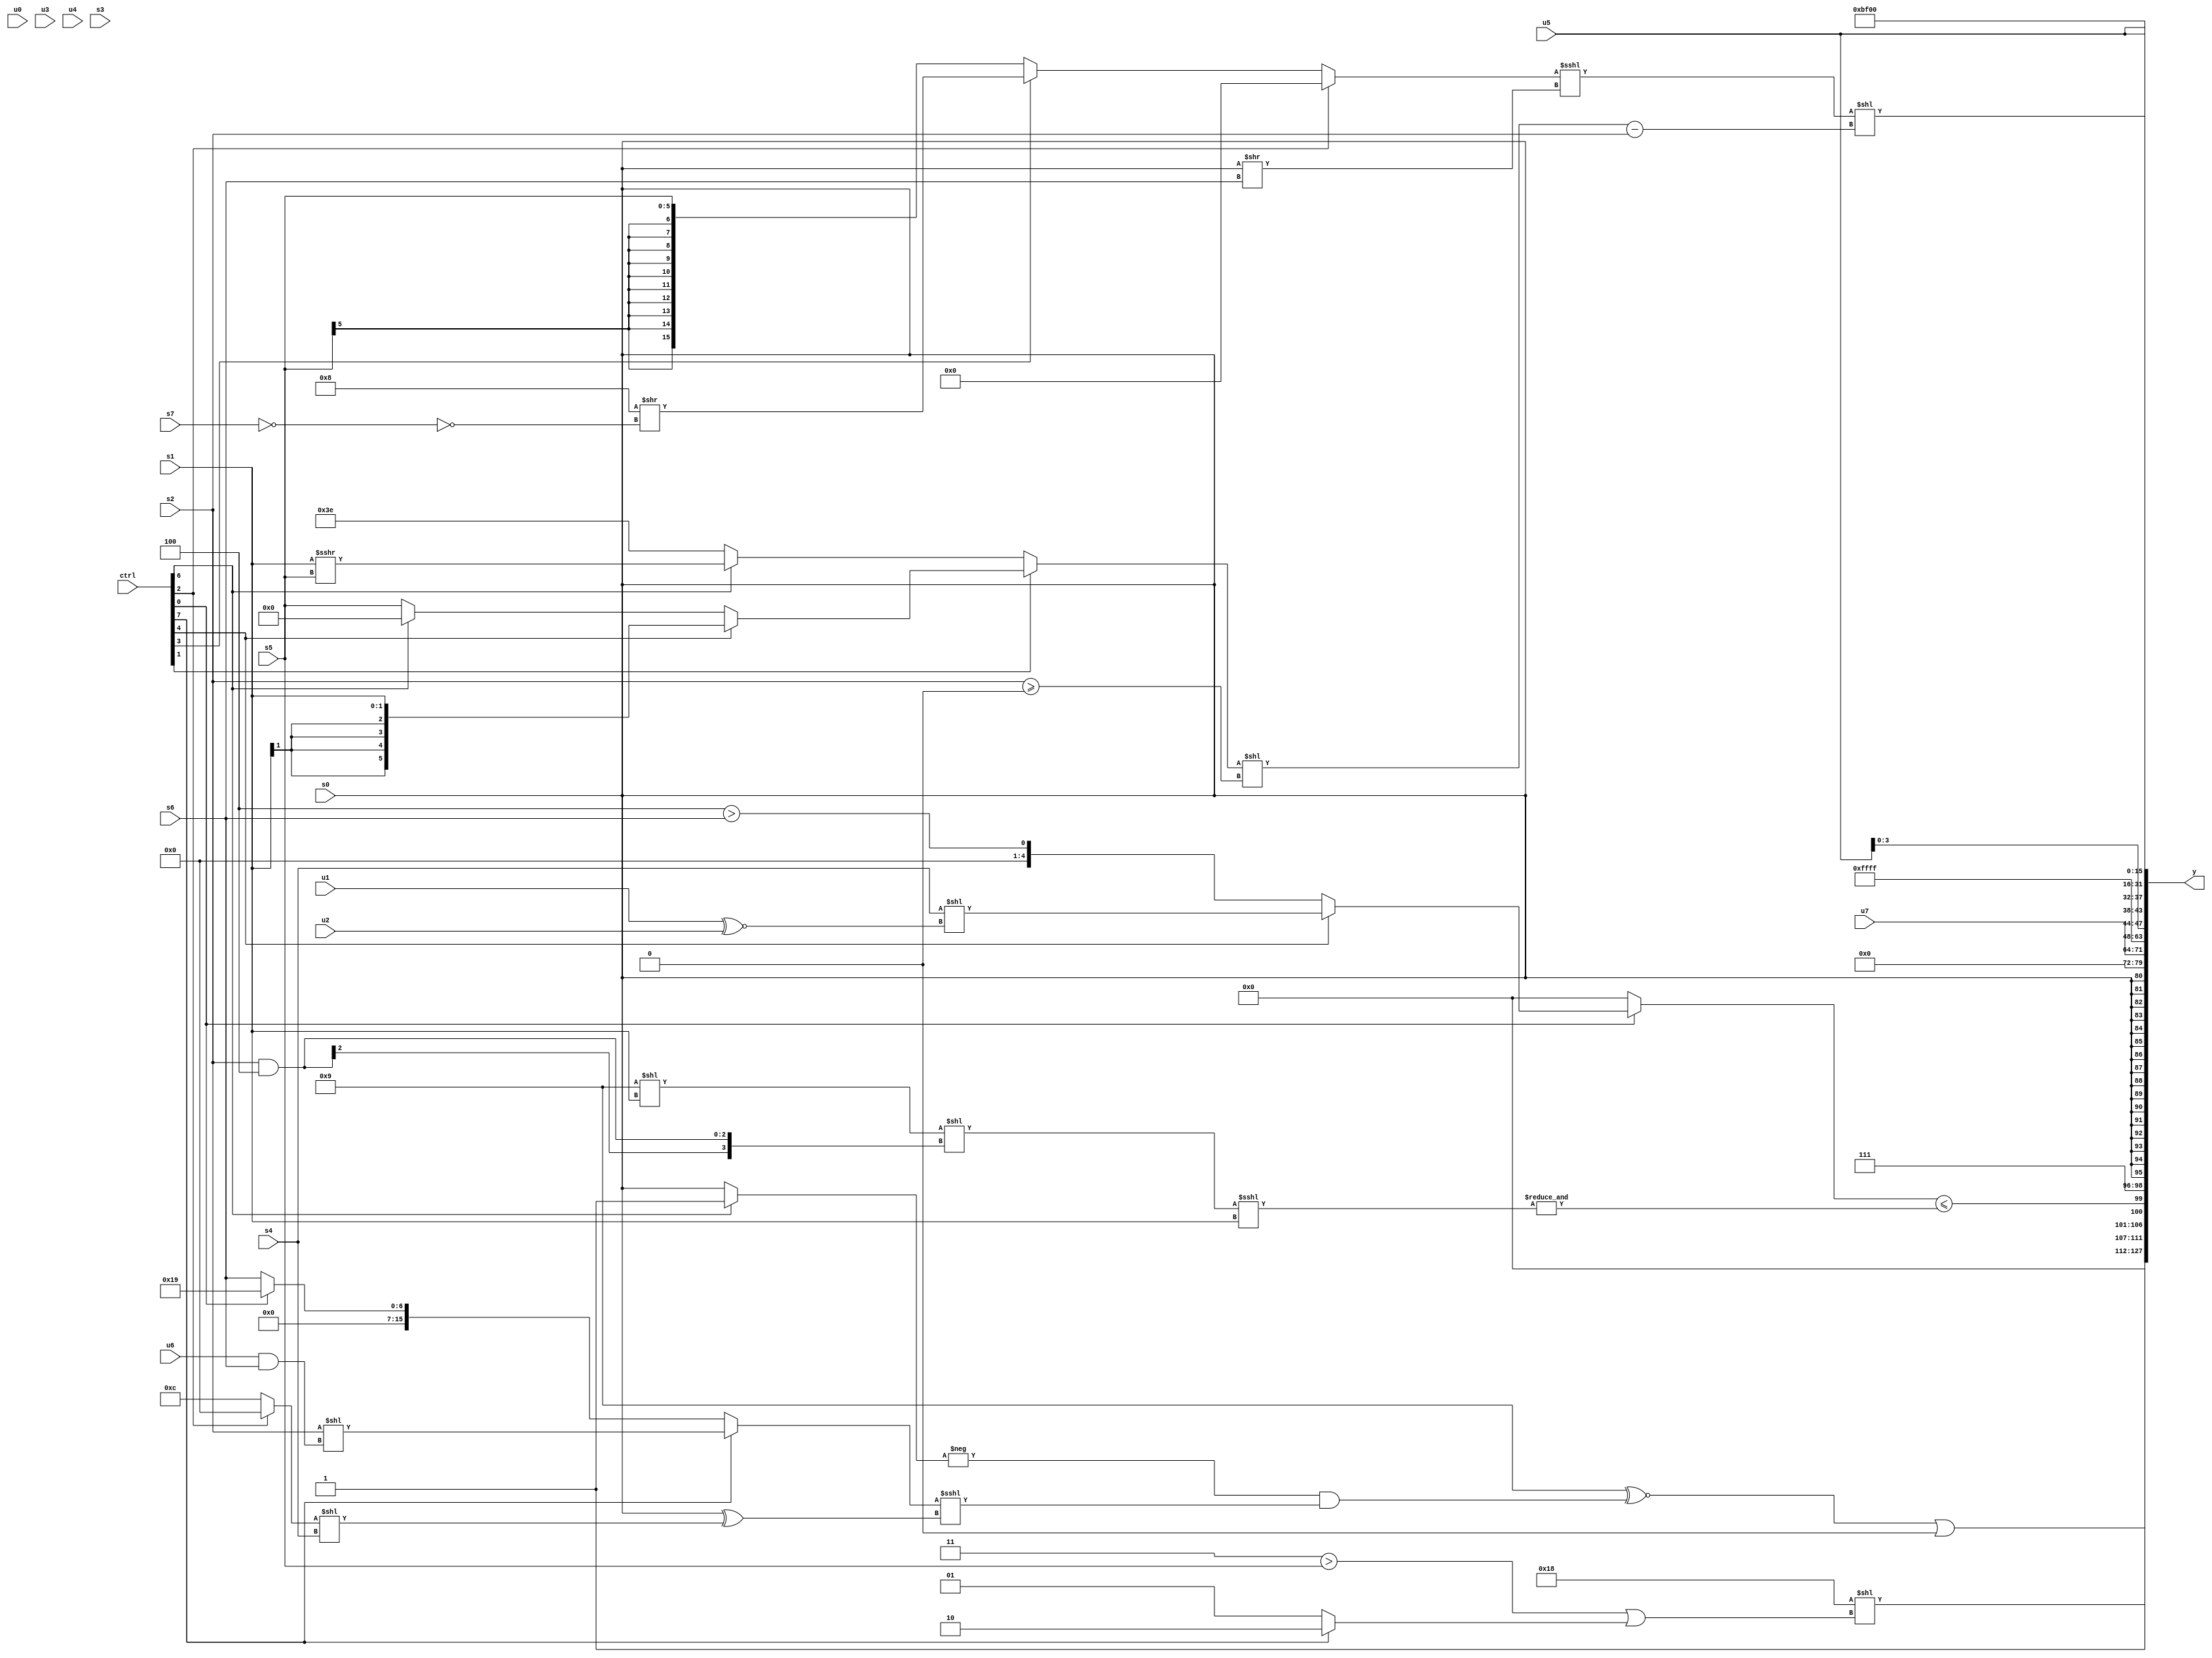
module wideexpr_00090(ctrl, u0, u1, u2, u3, u4, u5, u6, u7, s0, s1, s2, s3, s4, s5, s6, s7, y);
  input [7:0] ctrl;
  input [0:0] u0;
  input [1:0] u1;
  input [2:0] u2;
  input [3:0] u3;
  input [4:0] u4;
  input [5:0] u5;
  input [6:0] u6;
  input [7:0] u7;
  input signed [0:0] s0;
  input signed [1:0] s1;
  input signed [2:0] s2;
  input signed [3:0] s3;
  input signed [4:0] s4;
  input signed [5:0] s5;
  input signed [6:0] s6;
  input signed [7:0] s7;
  output [127:0] y;
  wire [15:0] y0;
  wire [15:0] y1;
  wire [15:0] y2;
  wire [15:0] y3;
  wire [15:0] y4;
  wire [15:0] y5;
  wire [15:0] y6;
  wire [15:0] y7;
  assign y = {y0,y1,y2,y3,y4,y5,y6,y7};
  assign y0 = (($signed(4'b1001))^~((-($unsigned($signed((ctrl[6]?1'sb1:s0)))))&(((ctrl[7]?(+(s2))<<((u6)&(s6)):(ctrl[0]?5'sb11001:s6)))<<<(($signed($signed(s0)))^(((ctrl[2]?3'sb000:4'sb1100))<<(s4))))))|(((s4)<<(6'sb110001))&($signed(6'b011001)));
  assign y1 = {+({$signed((6'sb011000)<<(((2'b11)>(s5))|((ctrl[7]?4'sb0010:1'b1))))}),1'sb1,($unsigned((ctrl[0]?(ctrl[4]?($signed(s4))<<((u1)^~(u2)):+((3'sb100)>(s6))):1'sb0)))<=(&({4{(((4'sb1001)<<(s1))<<((s2)&(4'sb1100)))<<<(s1)}})),3'sb111};
  assign y2 = s0;
  assign y3 = u7;
  assign y4 = $signed(-(2'sb01));
  assign y5 = {4{$unsigned(u5)}};
  assign y6 = (((ctrl[2]?1'sb0:(ctrl[3]?(($signed(5'sb11000))>>>($signed(4'sb0000)))>>((!(s7))!=((1'sb1)<<<(1'sb0))):s5)))<<<((s0)>>(s6)))<<({(((ctrl[1]?(ctrl[4]?s1:(ctrl[6]?1'sb0:s5)):(ctrl[6]?(s1)>>>(s5):+(3'sb110))))<<($signed($signed((s2)>=(2'sb00)))))-(s2)});
  assign y7 = -(({4{(6'b110101)<<<($unsigned(3'b100))}})<<((4'sb0100)^(!(2'sb01))));
endmodule